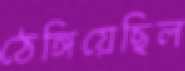
ঠেঙ্গিয়েছিল